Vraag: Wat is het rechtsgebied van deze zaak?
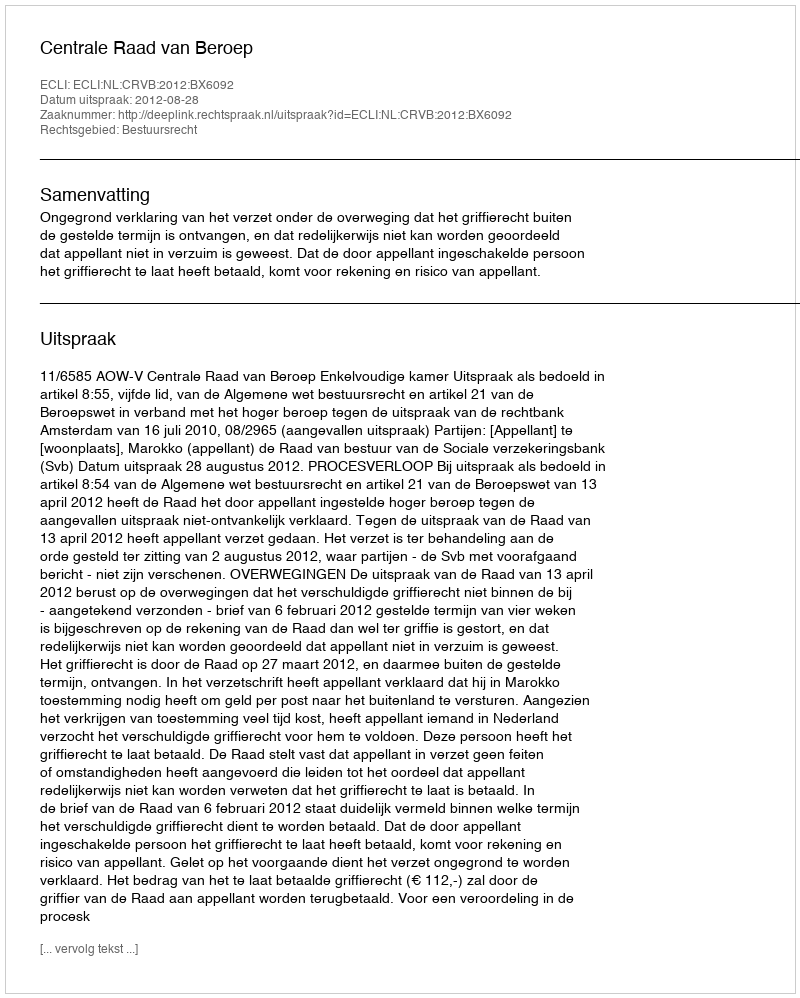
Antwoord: Bestuursrecht